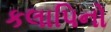
કલાપિનો